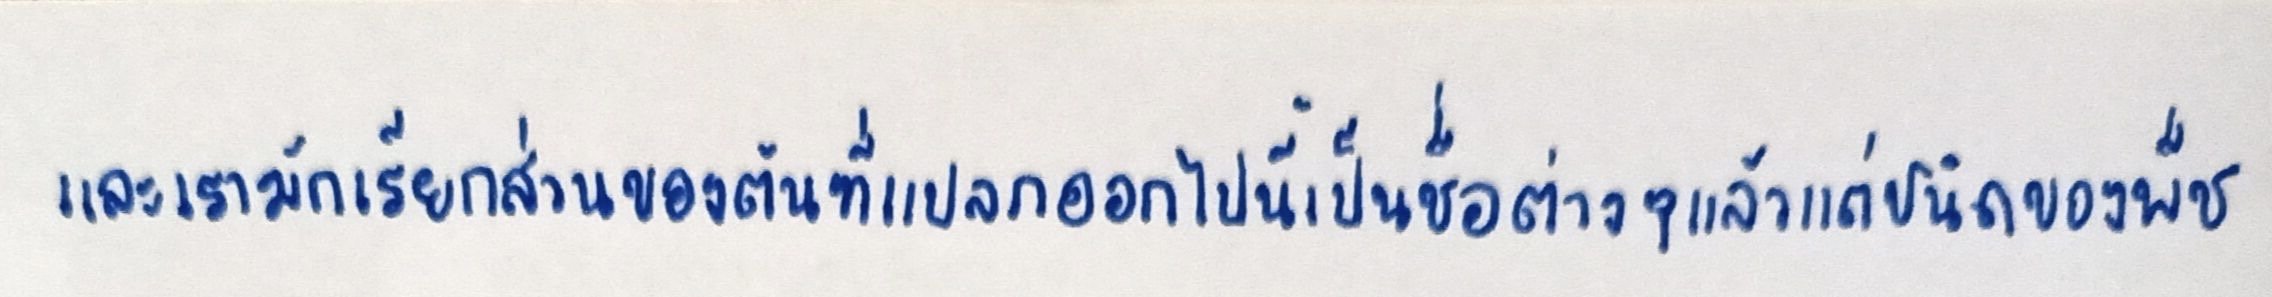
และเรามักเรียกส่วนของต้นที่แปลกออกไปนี้เป็นชื่อต่างๆแล้วแต่ชนิดของพืช